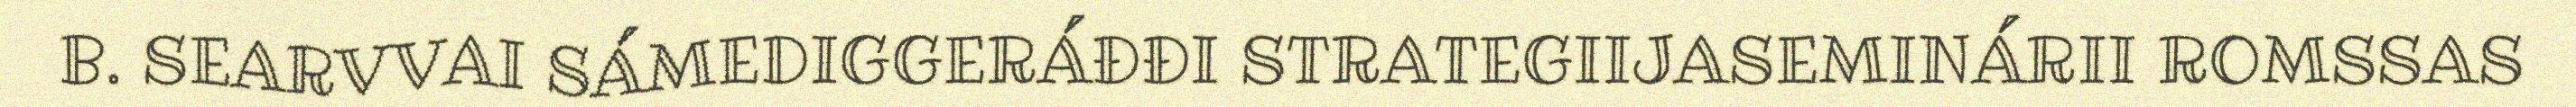
B. SEARVVAI SÁMEDIGGERÁĐĐI STRATEGIIJASEMINÁRII ROMSSAS